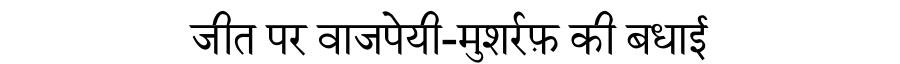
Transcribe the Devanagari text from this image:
जीत पर वाजपेयी-मुशर्रफ़ की बधाई